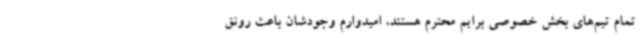
تمام تیم‌های بخش خصوصی برایم محترم هستند، امیدوارم وجودشان باعث رونق